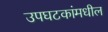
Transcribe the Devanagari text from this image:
उपघटकांमधील